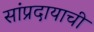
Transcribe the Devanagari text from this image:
सांप्रदायाची